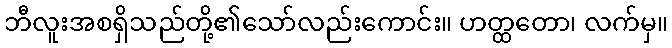
ဘီလူးအစရှိသည်တို့၏သော်လည်းကောင်း။ ဟတ္ထတော၊ လက်မှ။